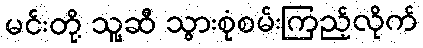
မင်းတို့ သူ့ဆီ သွားစုံစမ်းကြည့်လိုက်